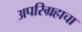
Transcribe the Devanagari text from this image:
अपरिग्रहाचा